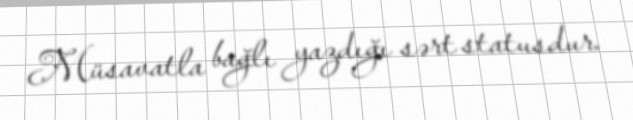
Müsavatla bağlı yazdığı sərt statusdur.